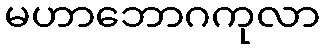
မဟာဘောဂကုလာ